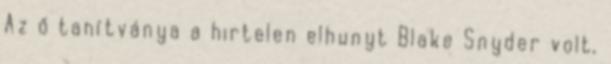
Az ő tanítványa a hirtelen elhunyt Blake Snyder volt,